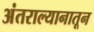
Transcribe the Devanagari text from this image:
अंतराल्यानातून